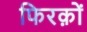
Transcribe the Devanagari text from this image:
फिरक़ों